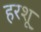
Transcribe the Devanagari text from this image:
हरशू